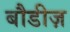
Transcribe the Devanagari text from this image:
बौडीज़